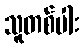
သူတစ်ပါး